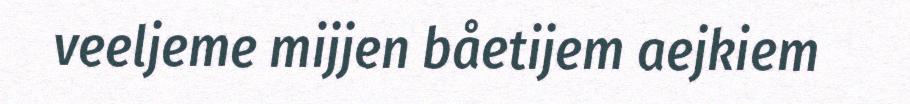
veeljeme mijjen båetijem aejkiem